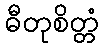
ဓီတုစိတ္တံ